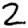
Digit: 2